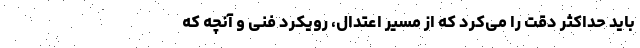
باید حداکثر دقت را می‌کرد که از مسیر اعتدال، رویکرد فنی و آنچه که